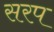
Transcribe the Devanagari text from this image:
सरप